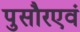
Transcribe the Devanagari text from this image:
पुसौरएवं